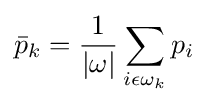
{\bar {p}}_{k}={\frac {1}{\left|\omega \right|}}\sum _{i\epsilon \omega _{k}}p_{i}